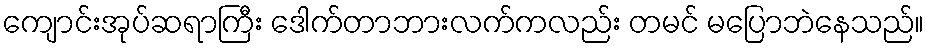
ကျောင်းအုပ်ဆရာကြီး ဒေါက်တာဘားလက်ကလည်း တမင် မပြောဘဲနေသည်။